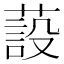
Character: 蔎